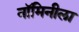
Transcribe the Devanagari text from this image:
नॉमिनीला